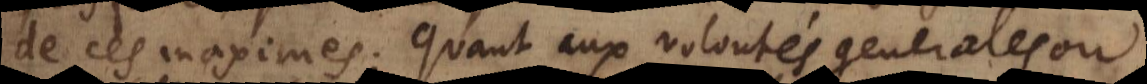
de ces maximes. Quant aux volontés generales ou